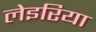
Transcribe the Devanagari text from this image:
लेइरिया